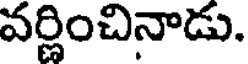
వర్ణించినాడు.